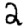
Digit: 2